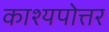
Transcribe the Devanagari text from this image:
काश्यपोत्तर